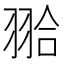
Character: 𦐬